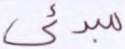
مبدئي